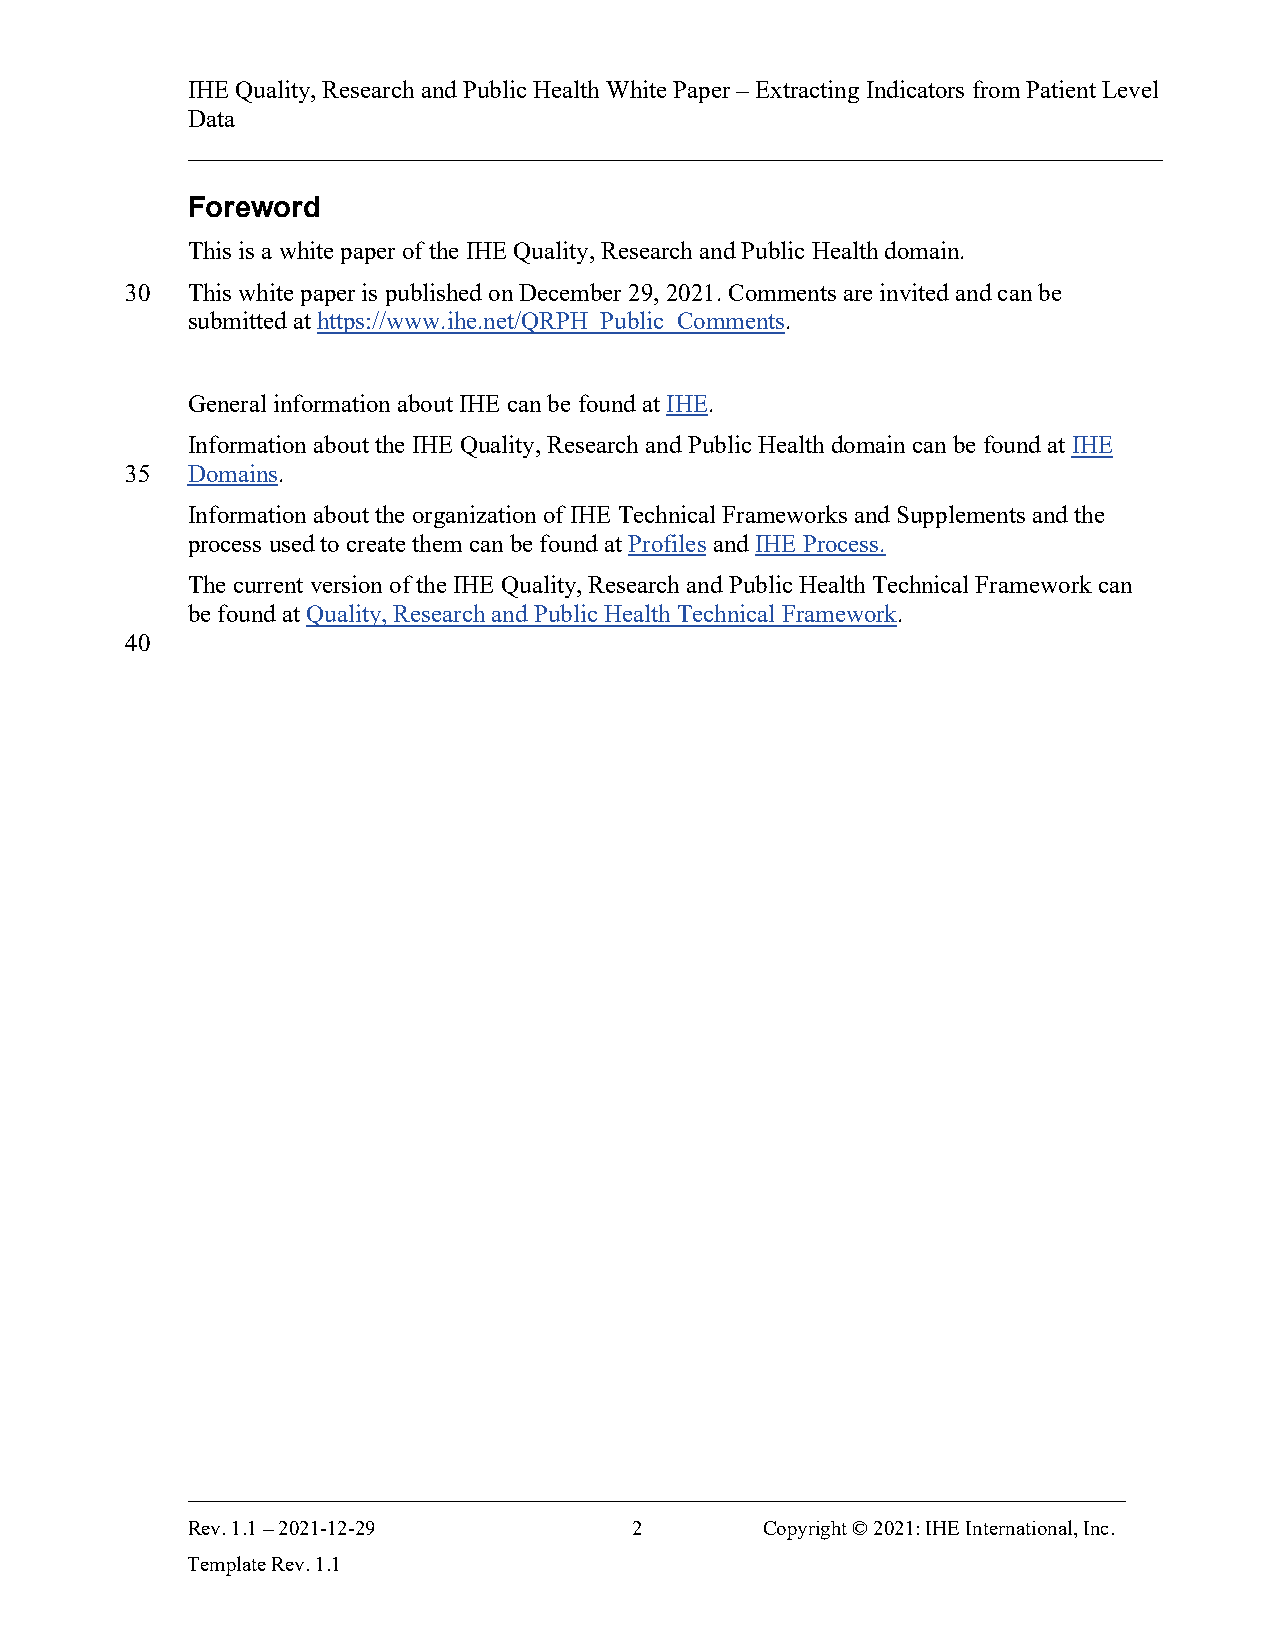
IHE Quality, Research and Public Health White Paper – Extracting Indicators from Patient Level
 Data
 ______________________________________________________________________________
 Foreword
 This is a white paper of the IHE Quality, Research and Public Health domain.
 30  This white paper is published on December 29, 2021. Comments are invited and can be
 submitted at https://www.ihe.net/QRPH_Public_Comments.
 General information about IHE can be found at IHE.
 Information about the IHE Quality, Research and Public Health domain can be found at IHE
 35  Domains.
 Information about the organization of IHE Technical Frameworks and Supplements and the
 process used to create them can be found at Profiles and IHE Process.
 The current version of the IHE Quality, Research and Public Health Technical Framework can
 be found at Quality, Research and Public Health Technical Framework.
 40
 ___________________________________________________________________________
 Rev. 1.1 – 2021-12-29         2       Copyright © 2021: IHE International, Inc.
 Template Rev. 1.1